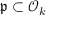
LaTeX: { \mathfrak { p } } \subset { \mathcal { O } } _ { k }